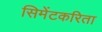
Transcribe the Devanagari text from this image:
सिमेंटकरिता